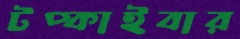
টপ্‌কাইবার